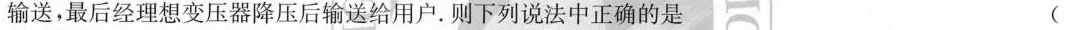
处输送，最后经理想变压器降压后输送给用户。则下列说法中正确的是 (